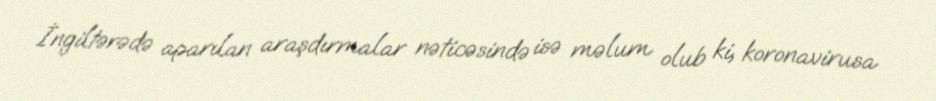
İngiltərədə aparılan araşdırmalar nəticəsində isə məlum olub ki, koronavirusa